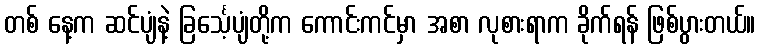
တစ် နေ့က ဆင်ပျံနဲ့ ခြင်္သေ့ပျံတို့က ကောင်းကင်မှာ အစာ လုစားရာက ခိုက်ရန် ဖြစ်ပွားတယ်။